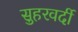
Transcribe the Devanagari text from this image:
सुहरवर्दी